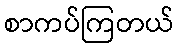
စာကပ်ကြတယ်